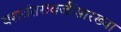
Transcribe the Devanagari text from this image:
यशवंतरावजींसारख्या